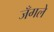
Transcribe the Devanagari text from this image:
जँगले